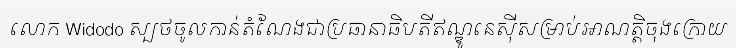
លោក Widodo ស្បថចូលកាន់តំណែងជាប្រធានាធិបតីឥណ្ឌូនេស៊ីសម្រាប់អាណត្តិចុងក្រោយ